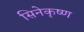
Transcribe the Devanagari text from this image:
सिनेकृष्ण